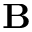
{ \bf B }